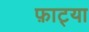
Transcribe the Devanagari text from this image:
फ़ाट्या